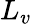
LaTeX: L_{v}